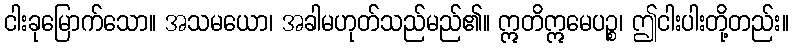
ငါးခုမြောက်သော။ အသမယော၊ အခါမဟုတ်သည်မည်၏။ ဣတိဣမေပဉ္စ၊ ဤငါးပါးတို့တည်း။